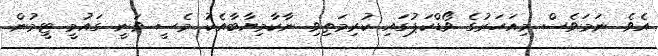
އެވެ. ނަމަވެސް މިއަހަރުގެ ވޯޑްކަޕުގައި ކުރިމަތިވި ނާކާމިޔާބާއެކު މެސީ ވަނީ ގައުމީ ޓީމުން